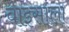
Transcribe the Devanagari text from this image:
वाइसाला